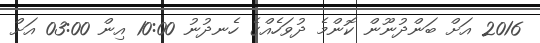
2016 އަށް ބަންދުނޫން ކޮންމެ ދުވަހެއްގެ ހެނދުނު 10:00 އިން 03:00 އަށް